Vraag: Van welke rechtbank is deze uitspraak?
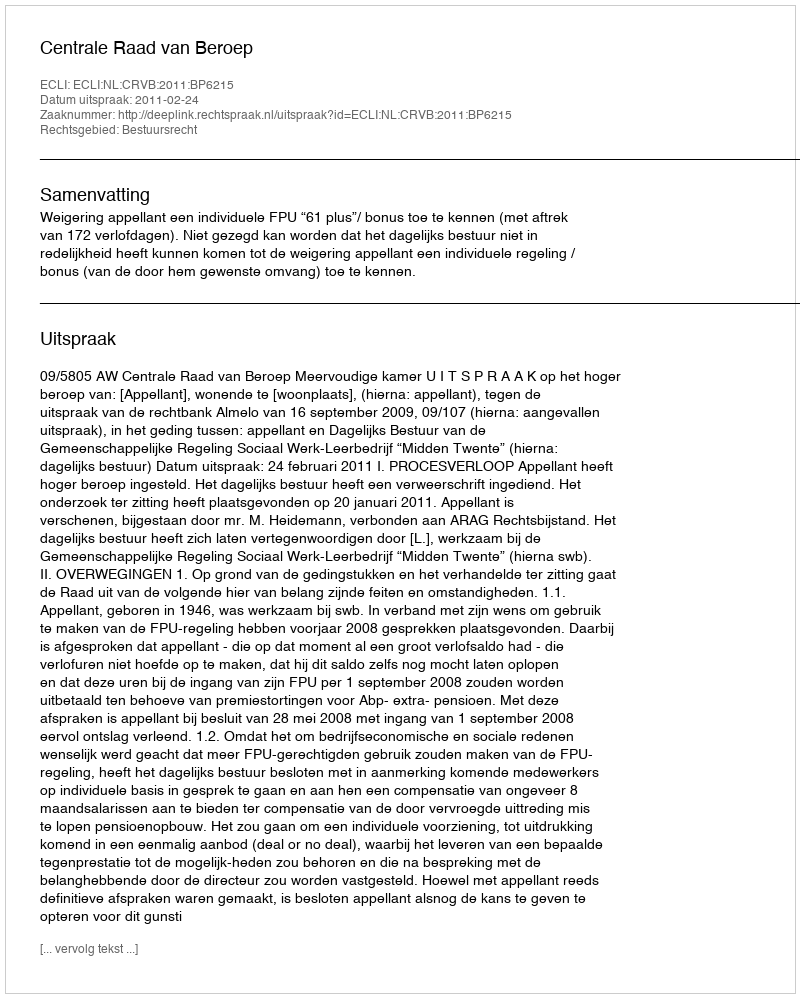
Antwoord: Centrale Raad van Beroep